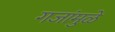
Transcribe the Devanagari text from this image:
गजांमुळे